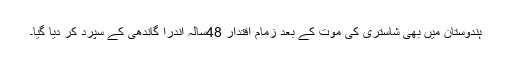
ہندوستان میں بھی شاستری کی موت کے بعد زمام ِاقتدار 48سالہ اندرا گاندھی کے سپرد کر دیا گیا۔